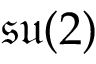
\mathfrak { s u } ( 2 )